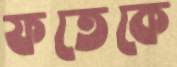
ফতেকে